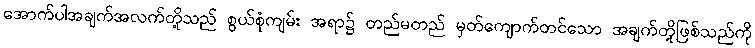
အောက်ပါအချက်အလက်တို့သည် စွယ်စုံကျမ်း အရာ၌ တည်မတည် မှတ်ကျောက်တင်သော အချက်တို့ဖြစ်သည်ကို